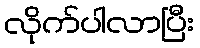
လိုက်ပါလာပြီး